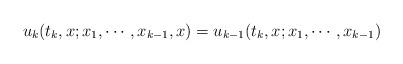
LaTeX: \begin{align*}u_{k}(t_{k},x;x_{1},\cdots,x_{k-1},x)=u_{k-1}(t_{k},x;x_{1},\cdots,x_{k-1})\end{align*}